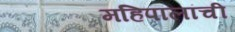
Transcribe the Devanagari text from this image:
महिपालांची